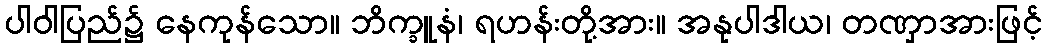
ပါဝါပြည်၌ နေကုန်သော။ ဘိက္ခူနံ၊ ရဟန်းတို့အား။ အနုပါဒါယ၊ တဏှာအားဖြင့်